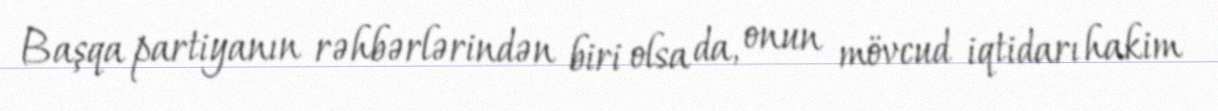
Başqa partiyanın rəhbərlərindən biri olsa da, onun mövcud iqtidarı hakim